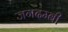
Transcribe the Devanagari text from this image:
जगदम्बी